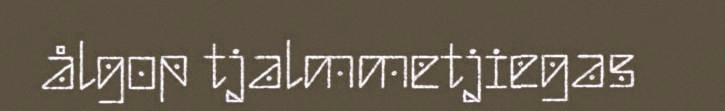
ålgop tjalmmetjiegas